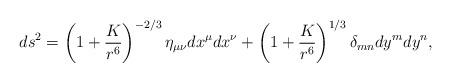
LaTeX: \begin{align*}ds^2 = \left( 1 + {K \over r^6} \right)^{-2/3} \eta_{\mu \nu} dx^{\mu} dx^{\nu}+ \left( 1 + {K \over r^6} \right)^{1/3} \delta_{m n} dy^{m} dy^{n},\end{align*}